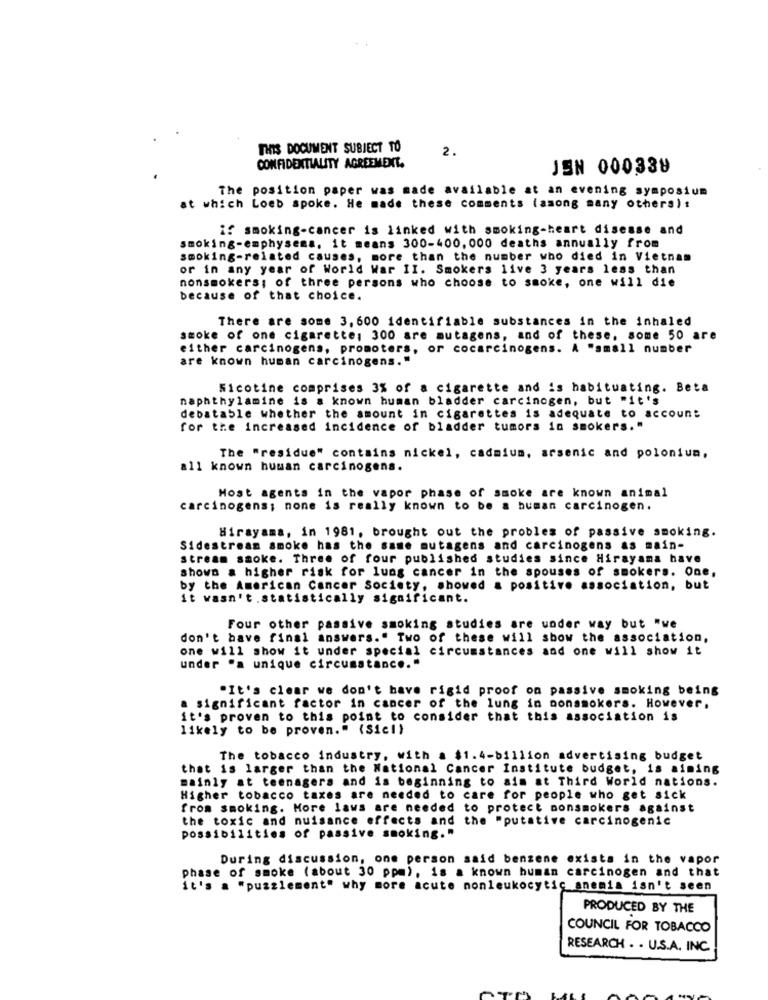
THIS DOCUMENT SUBJECT TO
CONFIDENTIALITY AGREEMENT.
2.
JEN 000339
The position paper was made available at an evening symposium
at which Loeb spoke. He made these comments (among many others) :
if smoking-cancer is linked with smoking-heart disease and
smoking-emphysema. it means 300-400,000 deaths annually from
smoking-related causes, more than the number who died in Vietnam
or in any year of World War II. Smokers live 3 years less than
nonsmokers; of three persons who choose to smoke, one will die
because of that choice.
There are some 3, 600 identifiable substances in the inhaled
smoke of one cigarette, 300 are mutagens, and of these, some 50 are
either carcinogens, promoters, or cocarcinogens. A "small number
are known human carcinogens."
Sicotine comprises 3% of a cigarette and is habituating. Beta
naphthylamine is a known human bladder carcinogen, but "it's
debatable whether the amount in cigarettes is adequate to account
for the increased incidence of bladder tumors in smokers. "
The "residue" contains nickel, cadmium, arsenic and polonium,
a11 known human carcinogens.
Host agents in the vapor phase of smoke are known animal
carcinogens; none is really known to be a human carcinogen.
Hirayama, in 1981, brought out the problem of passive smoking.
Sidestream smoke has the same mutagens and carcinogens as main-
stream smoke. Three of four published studies since Hirayama have
shown a higher risk for lung cancer in the spouses of smokers. One,
by the American Cancer Society, showed a positive association, but
it wasn't .statistically significant.
Four other passive smoking studies are under way but "we
don't have final answers." Two of these will show the association,
one will show it under special circumstances and one will show it
under "a unique circumstance. "
"It's clear we don't have rigid proof on passive smoking being
a significant factor in cancer of the lung in nonsmokers. However.
it's proven to this point to consider that this association is
likely to be proven." (Sic!)
The tobacco industry, with a $1.4-billion advertising budget
that is larger than the National Cancer Institute budget, is aiming
mainly at teenagers and is beginning to aim at Third World nations.
Higher tobacco taxes are needed to care for people who get sick
from smoking. More laws are needed to protect nonsmokers against
the toxic and nuisance effects and the "putative carcinogenic
possibilities of passive smoking."
During discussion, one person said benzene exista in the vapor
phase of smoke (about 30 ppm), is a known human carcinogen and that
it's a "puzzlement" why more acute nonleukocytic anemia isn't seen
PRODUCED BY THE
COUNCIL FOR TOBACCO
RESEARCH . . U.S.A. INC.